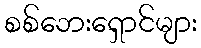
စစ်ဘေးရှောင်များ